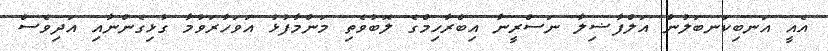
އެއީ އަނބިކަނބަލުން އަލްފާޟިލާ ނަސްރީނާ އިބްރާހިމްގެ ލޮބުވެތި މަންމާފުޅު އަވަހާރަވުމާ ގުޅިގެންނާއި އަދިވެސް